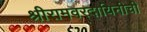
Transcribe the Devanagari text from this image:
श्रीरामवरदायिनीची